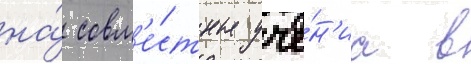
на́ совм'е́стные уче́н'иа в